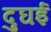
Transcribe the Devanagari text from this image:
दुघई